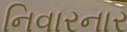
નિવારનાર